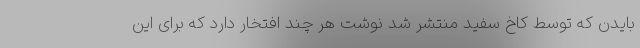
بایدن که توسط کاخ سفید منتشر شد نوشت هر چند افتخار دارد که برای این